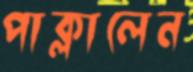
পাক্‌লালেন